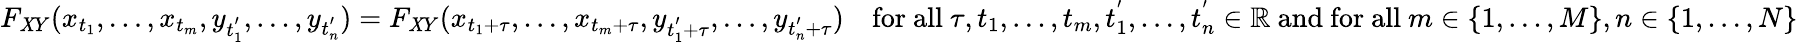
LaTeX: F_{\mathit{X}Y}(x_{t_{1}},\ldots,x_{t_{m}},y_{t_{1}^{'}},\ldots,y_{t_{n}^{'}})=F_{\mathit{X}Y}(x_{t_{1}+\tau},\ldots,x_{t_{m}+\tau},y_{t_{1}^{'}+\tau},\ldots,y_{t_{n}^{'}+\tau})\quad{\mathrm{{for~all~}}}\tau,t_{1},\ldots,t_{m},t_{1}^{'},\ldots,t_{n}^{'}\in\mathbb{{R}}{\mathrm{{~and~for~all~}}}m\in\{ 1,\ldots,M\} ,n\in\{ 1,\ldots,N\}